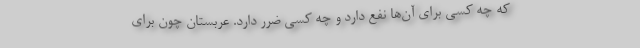
که چه کسی برای آن‌ها نفع دارد و چه کسی ضرر دارد. عربستان چون برای